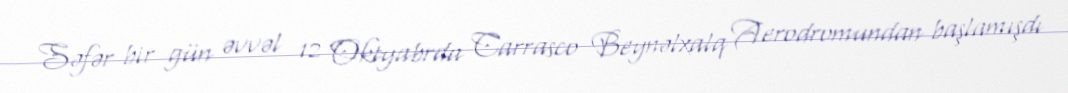
Səfər bir gün əvvəl 12 Oktyabrda Carrasco Beynəlxalq Aerodromundan başlamışdı